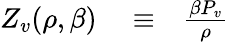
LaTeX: \begin{array}{rlr}{Z_{v}(\rho,\beta)}&{{}\equiv}&{\frac{\beta P_{v}}{\rho}}\end{array}